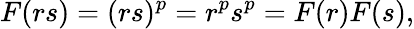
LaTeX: F(rs)=(rs)^{p}=r^{p}s^{p}=F(r)F(s),